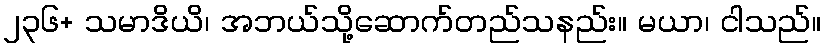
၂၃၆+ သမာဒိယိ၊ အဘယ်သို့ဆောက်တည်သနည်း။ မယာ၊ ငါသည်။